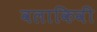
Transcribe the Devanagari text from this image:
वलाकिवी